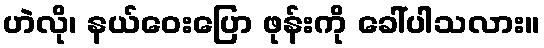
ဟဲလို၊ နယ်ဝေးပြော ဖုန်းကို ခေါ်ပါသလား။